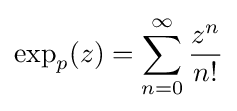
\exp _{p}(z)=\sum _{n=0}^{\infty }{\frac {z^{n}}{n!}}